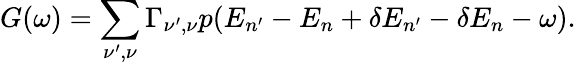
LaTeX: G(\omega)=\sum_{\nu^{\prime},\nu}\Gamma_{\nu^{\prime},\nu}p(E_{n^{\prime}}-E_{n}+\delta E_{n^{\prime}}-\delta E_{n}-\omega).